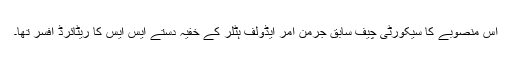
اس منصوبے کا سیکورٹی چیف سابق جرمن آمر ایڈولف ہٹلر کے خفیہ دستے ایس ایس کا ریٹائرڈ افسر تھا۔